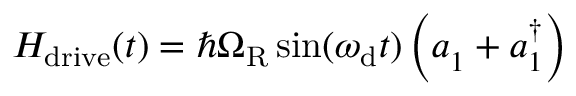
H _ { \mathrm { d r i v e } } ( t ) = \hbar \Omega _ { \mathrm { R } } \sin ( \omega _ { \mathrm { d } } t ) \left( a _ { 1 } ^ { \phantom { \dagger } } + a _ { 1 } ^ { \dagger } \right)